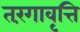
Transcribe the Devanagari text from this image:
तरंगावृत्ति